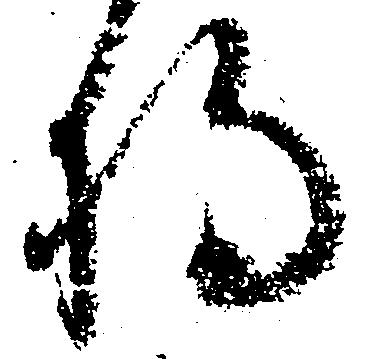
将